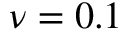
\nu = 0 . 1